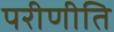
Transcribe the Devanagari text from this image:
परीणीति